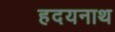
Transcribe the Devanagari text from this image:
हदयनाथ